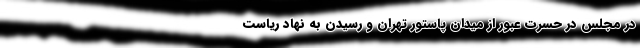
در مجلس در حسرت عبور از میدان پاستور تهران و رسیدن به نهاد ریاست